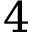
4